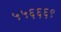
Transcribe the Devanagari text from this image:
५५६६६९